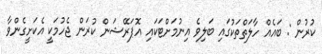
ކުރުން : ބައެއް ހާލަތްތަކުގައި ބަލިވެ އިނުމަށްޓަކައި އޮޕަރޭޝަން ކުރަން ޖެހުމަކީ އެކަށީގެންވާ